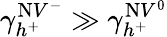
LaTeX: \gamma_{h^{+}}^{\mathrm{N}V^{-}}\gg\gamma_{h^{+}}^{\mathrm{N}V^{0}}